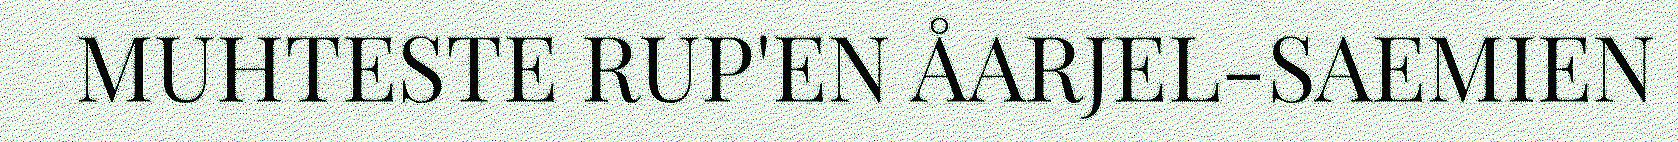
MUHTESTE RUP'EN ÅARJEL-SAEMIEN